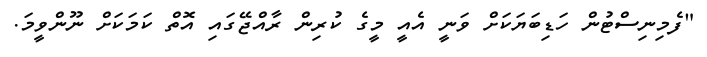
"ފެމިނިސްޓުން ހަޑިބަޔަކަށް ވަނީ އެއީ މީގެ ކުރިން ރާއްޖޭގައި އޮތް ކަމަކަށް ނޫންވީމަ.